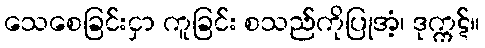
သေစေခြင်းငှာ ကူခြင်း စသည်ကိုပြုအံ့၊ ဒုက္ကဋ်။